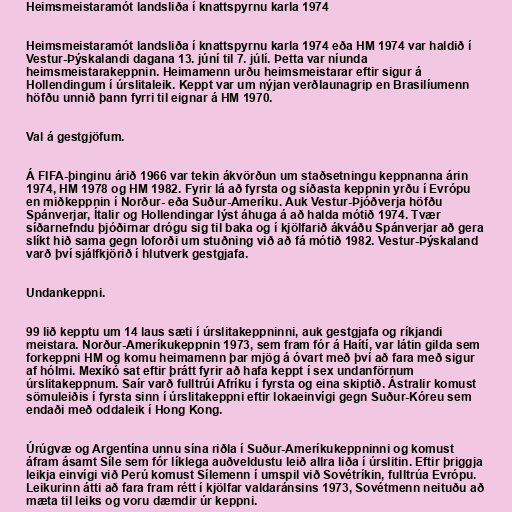
Heimsmeistaramót landsliða í knattspyrnu karla 1974

Heimsmeistaramót landsliða í knattspyrnu karla 1974 eða HM 1974 var haldið í
Vestur-Þýskalandi dagana 13. júní til 7. júlí. Þetta var níunda
heimsmeistarakeppnin. Heimamenn urðu heimsmeistarar eftir sigur á
Hollendingum í úrslitaleik. Keppt var um nýjan verðlaunagrip en Brasilíumenn
höfðu unnið þann fyrri til eignar á HM 1970.

Val á gestgjöfum.

Á FIFA-þinginu árið 1966 var tekin ákvörðun um staðsetningu keppnanna árin
1974, HM 1978 og HM 1982. Fyrir lá að fyrsta og síðasta keppnin yrðu í Evrópu
en miðkeppnin í Norður- eða Suður-Ameríku. Auk Vestur-Þjóðverja höfðu
Spánverjar, Ítalir og Hollendingar lýst áhuga á að halda mótið 1974. Tvær
síðarnefndu þjóðirnar drógu sig til baka og í kjölfarið ákváðu Spánverjar að gera
slíkt hið sama gegn loforði um stuðning við að fá mótið 1982. Vestur-Þýskaland
varð því sjálfkjörið í hlutverk gestgjafa.

Undankeppni.

99 lið kepptu um 14 laus sæti í úrslitakeppninni, auk gestgjafa og ríkjandi
meistara. Norður-Ameríkukeppnin 1973, sem fram fór á Haítí, var látin gilda sem
forkeppni HM og komu heimamenn þar mjög á óvart með því að fara með sigur
af hólmi. Mexíkó sat eftir þrátt fyrir að hafa keppt í sex undanförnum
úrslitakeppnum. Saír varð fulltrúi Afríku í fyrsta og eina skiptið. Ástralir komust
sömuleiðis í fyrsta sinn í úrslitakeppni eftir lokaeinvígi gegn Suður-Kóreu sem
endaði með oddaleik í Hong Kong.

Úrúgvæ og Argentína unnu sína riðla í Suður-Ameríkukeppninni og komust
áfram ásamt Síle sem fór líklega auðveldustu leið allra liða í úrslitin. Eftir þriggja
leikja einvígi við Perú komust Sílemenn í umspil við Sovétríkin, fulltrúa Evrópu.
Leikurinn átti að fara fram rétt í kjölfar valdaránsins 1973, Sovétmenn neituðu að
mæta til leiks og voru dæmdir úr keppni.